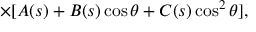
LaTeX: \times [ A ( s ) + B ( s ) \cos \theta + C ( s ) \cos ^ { 2 } \theta ] ,